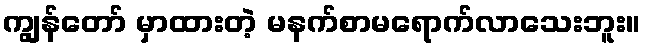
ကျွန်တော် မှာထားတဲ့ မနက်စာမရောက်လာသေးဘူး။